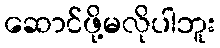
ဆောင်ဖို့မလိုပါဘူး